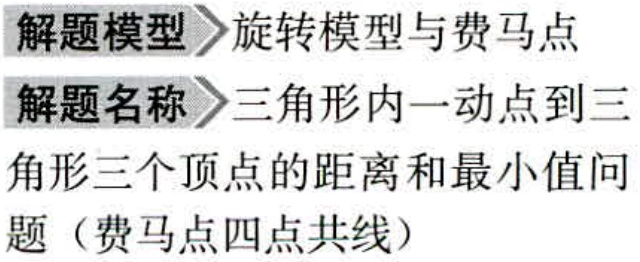
解题模型 旋转模型与费马点
解题名称 三角形内一动点到三角形三个顶点的距离和最小值问题（费马点四点共线）